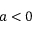
a < 0